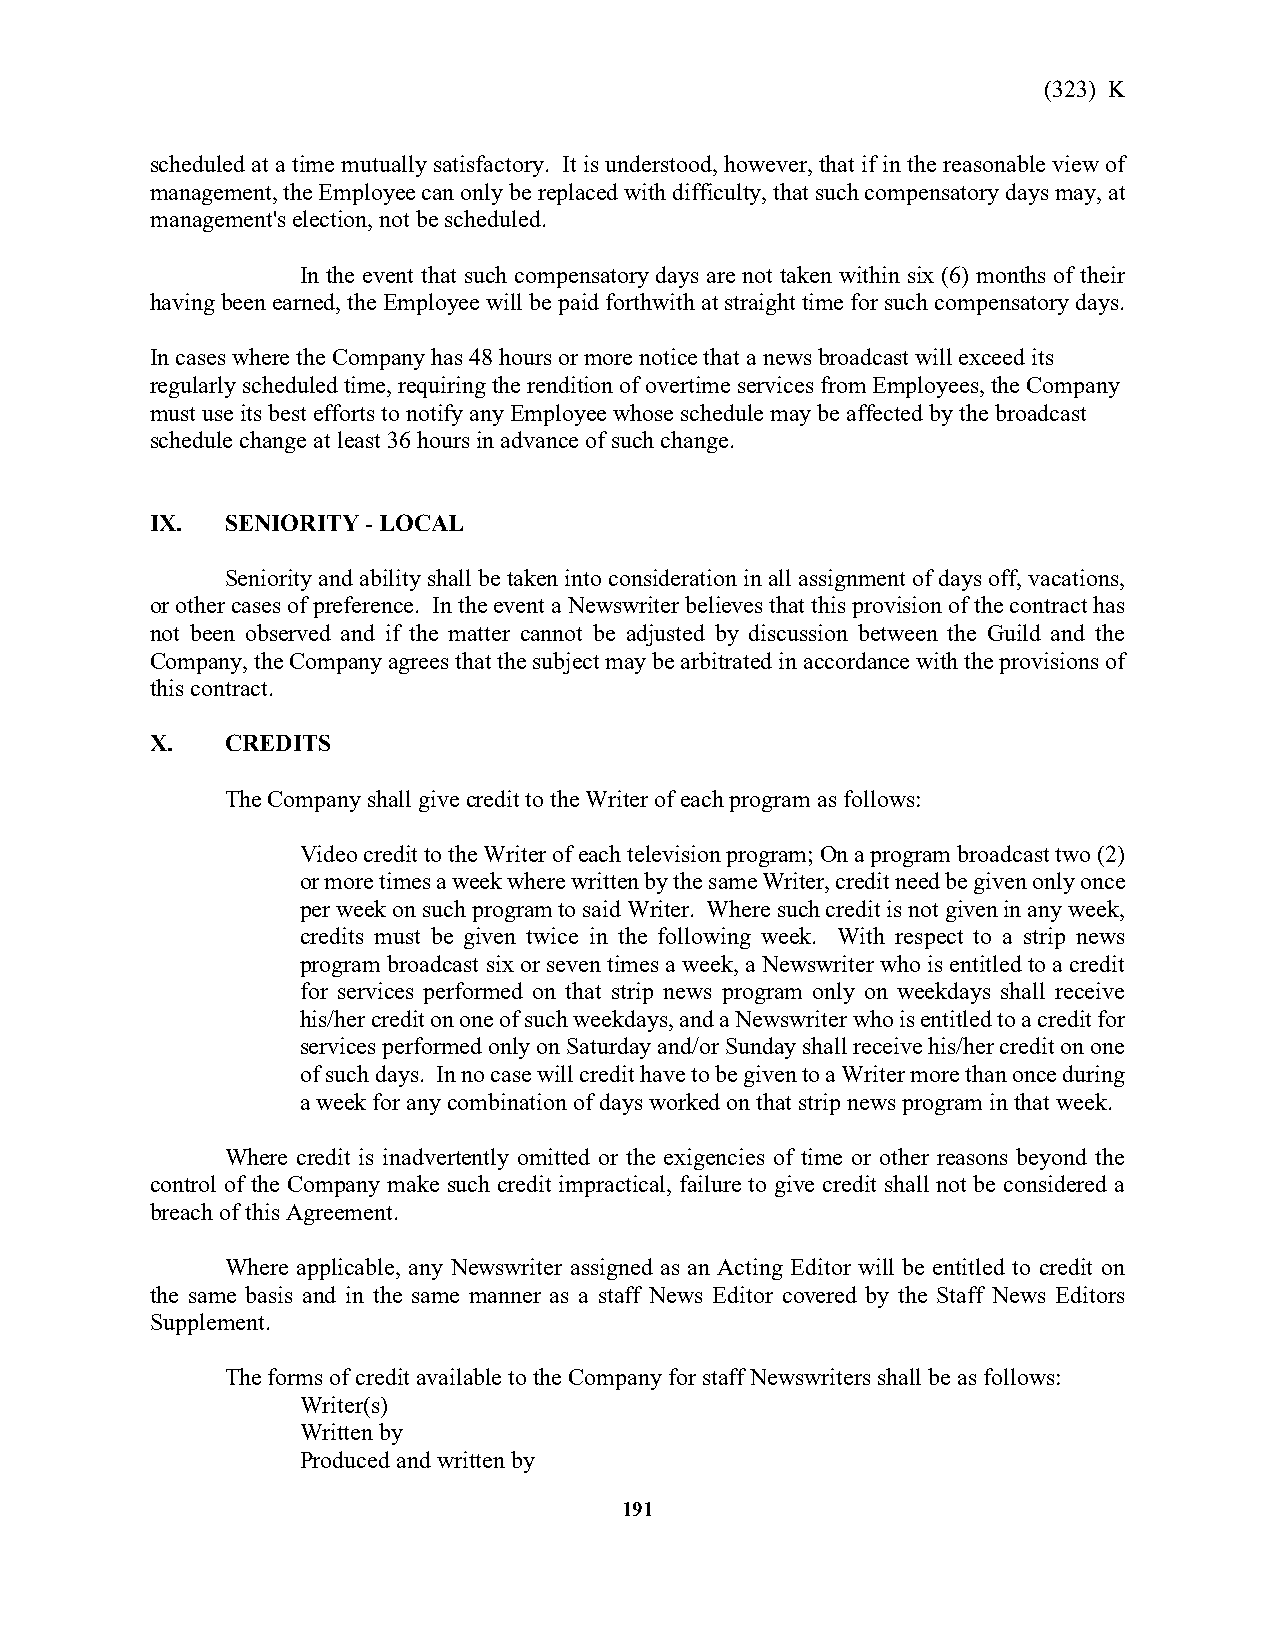
(323) K
 scheduled at a time mutually satisfactory. It is understood, however, that if in the reasonable view of
 management, the Employee can only be replaced with difficulty, that such compensatory days may, at
 management's election, not be scheduled.
 In the event that such compensatory days are not taken within six (6) months of their
 having been earned, the Employee will be paid forthwith at straight time for such compensatory days.
 In cases where the Company has 48 hours or more notice that a news broadcast will exceed its
 regularly scheduled time, requiring the rendition of overtime services from Employees, the Company
 must use its best efforts to notify any Employee whose schedule may be affected by the broadcast
 schedule change at least 36 hours in advance of such change.
 IX.  SENIORITY - LOCAL
 Seniority and ability shall be taken into consideration in all assignment of days off, vacations,
 or other cases of preference. In the event a Newswriter believes that this provision of the contract has
 not been observed and if the matter cannot be adjusted by discussion between the Guild and the
 Company, the Company agrees that the subject may be arbitrated in accordance with the provisions of
 this contract.
 X.   CREDITS
 The Company shall give credit to the Writer of each program as follows:
 Video credit to the Writer of each television program; On a program broadcast two (2)
 or more times a week where written by the same Writer, credit need be given only once
 per week on such program to said Writer. Where such credit is not given in any week,
 credits must be given twice in the following week. With respect to a strip news
 program broadcast six or seven times a week, a Newswriter who is entitled to a credit
 for services performed on that strip news program only on weekdays shall receive
 his/her credit on one of such weekdays, and a Newswriter who is entitled to a credit for
 services performed only on Saturday and/or Sunday shall receive his/her credit on one
 of such days. In no case will credit have to be given to a Writer more than once during
 a week for any combination of days worked on that strip news program in that week.
 Where credit is inadvertently omitted or the exigencies of time or other reasons beyond the
 control of the Company make such credit impractical, failure to give credit shall not be considered a
 breach of this Agreement.
 Where applicable, any Newswriter assigned as an Acting Editor will be entitled to credit on
 the same basis and in the same manner as a staff News Editor covered by the Staff News Editors
 Supplement.
 The forms of credit available to the Company for staff Newswriters shall be as follows:
 Writer(s)
 Written by
 Produced and written by
 191